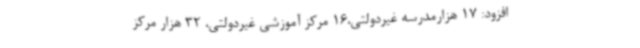
افزود: 17 هزارمدرسه غیردولتی،16 مرکز آموزشی غیردولتی، 32 هزار مرکز